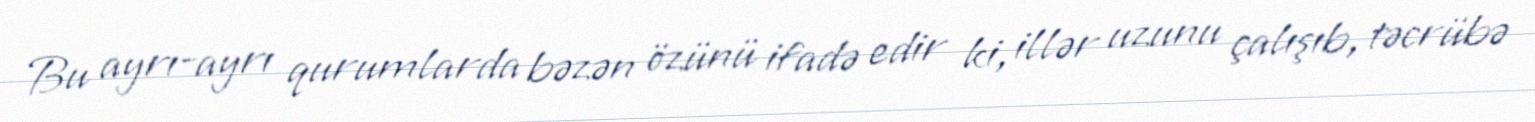
Bu ayrı-ayrı qurumlarda bəzən özünü ifadə edir ki, illər uzunu çalışıb, təcrübə